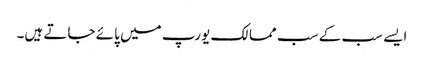
ایسے سب کے سب ممالک یورپ میں پائے جاتے ہیں۔